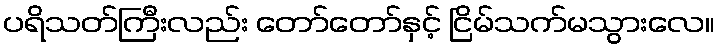
ပရိသတ်ကြီးလည်း တော်တော်နှင့် ငြိမ်သက်မသွားလေ။